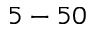
5 - 5 0